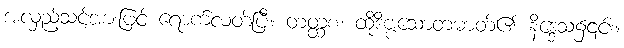
အလှည့်သင့်အားဖြင့် ရောက်လတ်ပြီ။ တတ္ထစ၊ ထိုဒိဗ္ဗသောတဓာတ်၏ နိဒ္ဒေသ၌၎င်း။